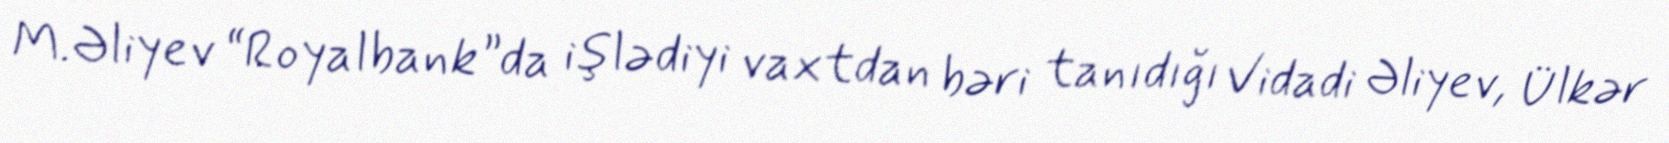
M.Əliyev “Royalbank”da işlədiyi vaxtdan bəri tanıdığı Vidadi Əliyev, Ülkər